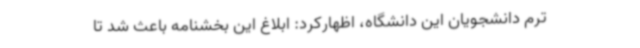
ترم دانشجویان این دانشگاه، اظهارکرد: ابلاغ این بخشنامه باعث شد تا